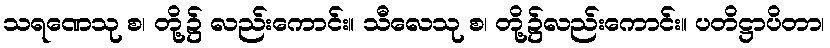
သရဏေသု စ၊ တို့၌ လည်းကောင်း။ သီလေသု စ၊ တို့၌လည်းကောင်း။ ပတိဋ္ဌာပိတာ၊